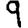
Digit: 9